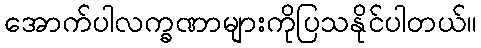
အောက်ပါလက္ခဏာများကိုပြသနိုင်ပါတယ်။